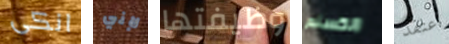
انكى لإني وظيفتها الكسندر أعتقد